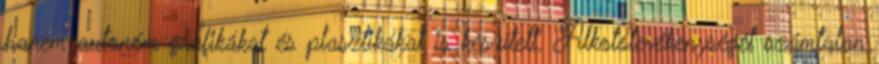
hanem autonóm grafikákat és plasztikákat is készített. Alkotótevékenységét számtalan